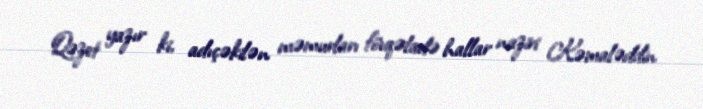
Qəzet yazır ki, adıçəkilən məmurları fövqəladə hallar naziri Kəmaləddin